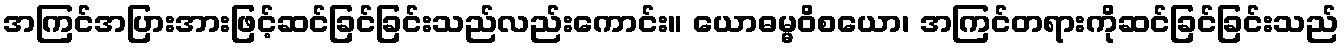
အကြင်အပြားအားဖြင့်ဆင်ခြင်ခြင်းသည်လည်းကောင်း။ ယောဓမ္မဝိစယော၊ အကြင်တရားကိုဆင်ခြင်ခြင်းသည်